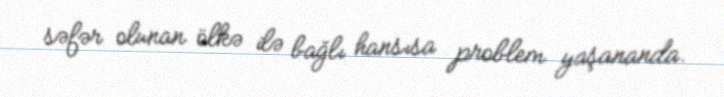
səfər olunan ölkə ilə bağlı hansısa problem yaşananda.